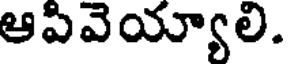
ఆపివెయ్యాలి.